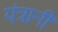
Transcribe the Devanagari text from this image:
यंत्रानी